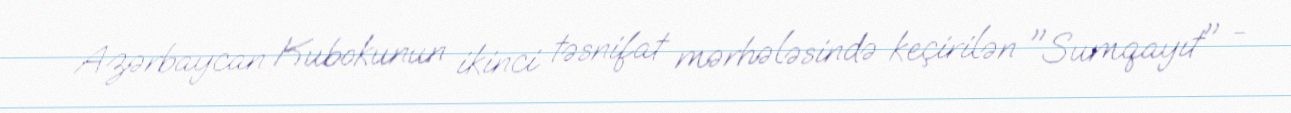
Azərbaycan Kubokunun ikinci təsnifat mərhələsində keçirilən "Sumqayıt" -